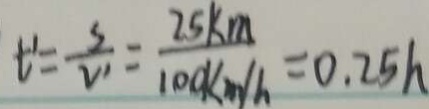
t ^ { \prime } = \frac { S } { V ^ { \prime } } = \frac { 2 5 k m } { 1 0 0 k m / h } = 0 . 2 5 h